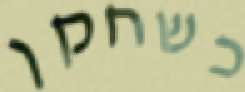
כשחקן